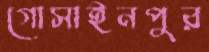
গোসাইনপুর